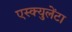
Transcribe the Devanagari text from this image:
एस्क्युलेंटा